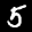
Label: 5